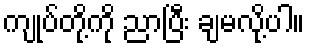
ကျုပ်တို့ကို ညာပြီး ချမလို့ပါ။